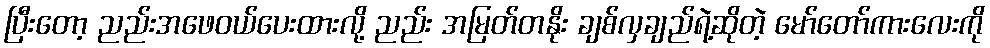
ပြီးတော့ ညည်းအဖေဝယ်ပေးထားလို့ ညည်း အမြတ်တနိုး ချစ်လှချည်ရဲ့ဆိုတဲ့ မော်တော်ကားလေးကို